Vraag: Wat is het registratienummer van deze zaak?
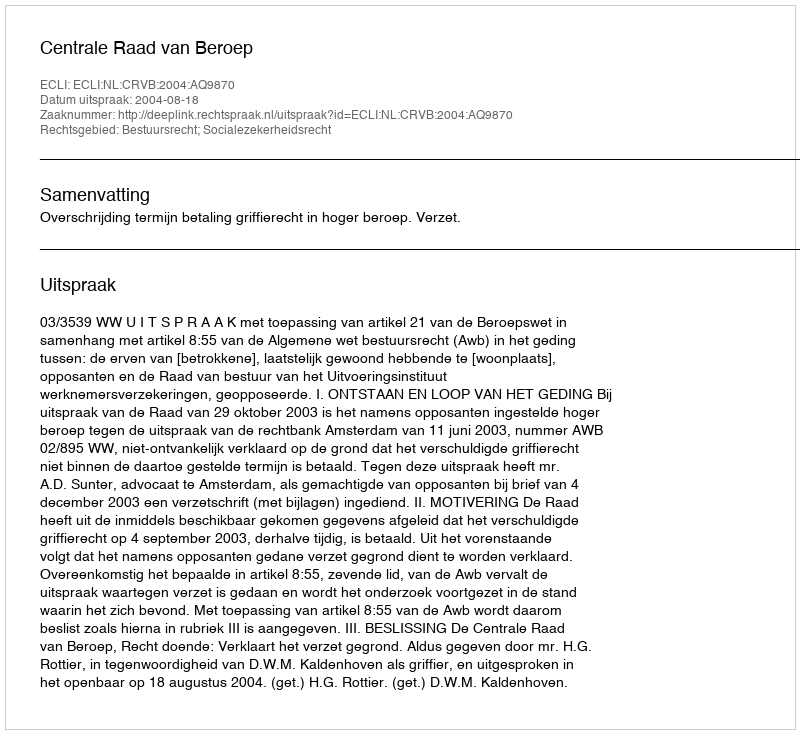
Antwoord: http://deeplink.rechtspraak.nl/uitspraak?id=ECLI:NL:CRVB:2004:AQ9870